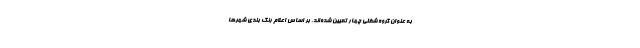
به عنوان گروه شغلی چهار تعیین شده‌اند. بر اساس اعلام رنگ بندی شهرها